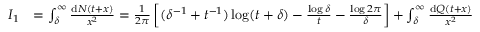
\begin{array} { r l } { I _ { 1 } } & { = \int _ { \delta } ^ { \infty } \frac { \mathrm { d } N ( t + x ) } { x ^ { 2 } } = \frac { 1 } { 2 \pi } \left[ ( \delta ^ { - 1 } + t ^ { - 1 } ) \log ( t + \delta ) - \frac { \log \delta } { t } - \frac { \log 2 \pi } { \delta } \right] + \int _ { \delta } ^ { \infty } \frac { \mathrm { d } Q ( t + x ) } { x ^ { 2 } } } \end{array}